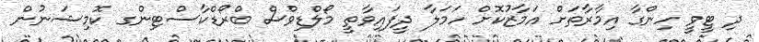
ދި ޓީވީ ހިންގާ އިމާރާތަށް އަމާޒުކޮށް ހަމަލާ ދީފައިވާތީ މޯލްޑިވްސް ބްރޯޑްކާސްޓިންގ ކޮމިޝަނުން